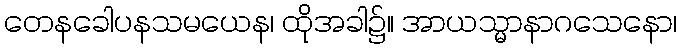
တေနခေါပနသမယေန၊ ထိုအခါ၌။ အာယသ္မာနာဂသေနော၊